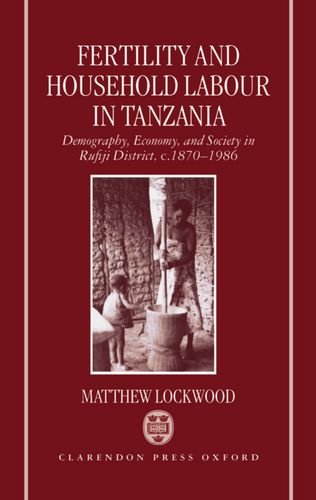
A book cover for Fertility and Household Labour in Tanzania: Demography, Economy, and Society in Rufiji District, c. 1870-1986; Matthew Lockwood; Parenting & Relationships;